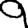
Digit: 9